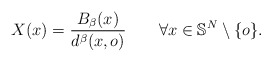
\begin{align*} X(x)=\frac{B_\beta(x)}{d^\beta(x,o)} \qquad\forall x\in\mathbb{S}^N \setminus\{o\}.\end{align*}